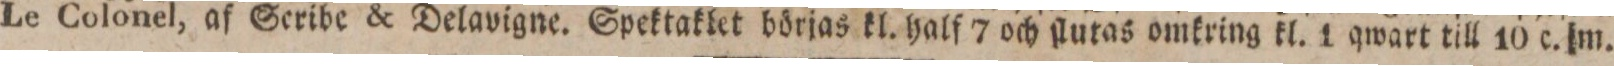
Le Colonel, af Seribe & Delavigne. Spektaklet börjas kl. half 7 och ſlutas omkring kl. i qwart till 10 c. m.